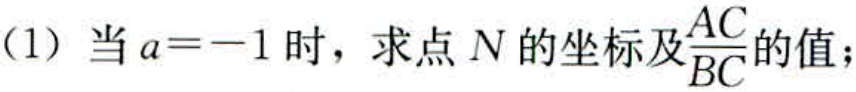
(1) 当\(a = - 1\)时，求点\(N\)的坐标及\(\frac{AC}{BC}\)的值；